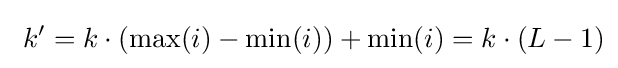
\ k^{\prime }=k\cdot (\max(i)-\min(i))+\min(i)=k\cdot (L-1)